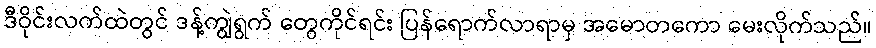
ဒီဝိုင်းလက်ထဲတွင် ဒန့်ကျွဲရွက် တွေကိုင်ရင်း ပြန်ရောက်လာရာမှ အမောတကော မေးလိုက်သည်။